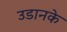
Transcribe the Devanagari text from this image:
उडानके